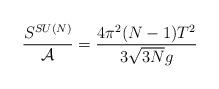
LaTeX: \begin{align*} \frac{S^{SU(N)}}{{\cal A}} = \frac{4\pi^2(N-1)T^2}{3\sqrt{3N}g}\end{align*}